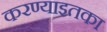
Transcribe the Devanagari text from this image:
करण्याइतका